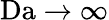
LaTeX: \mathrm{Da}\rightarrow\infty